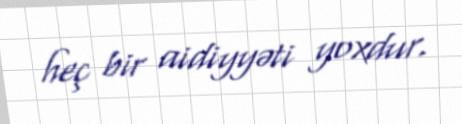
heç bir aidiyyəti yoxdur.